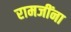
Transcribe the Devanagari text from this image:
रामजींना